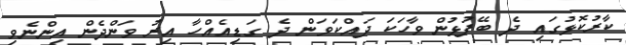
ކާރުކޮޅުގައި ދެ ބޭފުޅުން ވާހަކަ ދައްކަވަން ދެ ގަޑިއެއްހާ އިރު ވަންދެން އިންނެވި